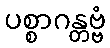
ပစ္စာဂန္တဗ္ဗံ